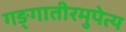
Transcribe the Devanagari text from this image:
गङ्गातीरमुपेत्य